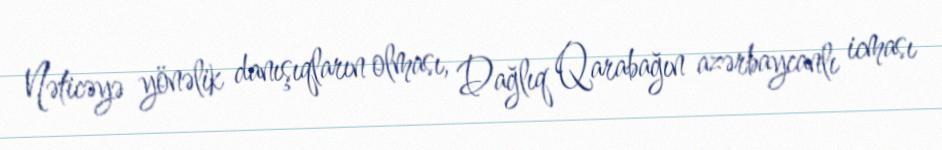
Nəticəyə yönəlik danışıqların olması, Dağlıq Qarabağın azərbaycanlı icması